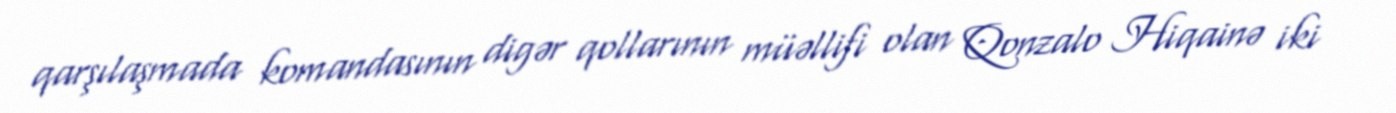
qarşılaşmada komandasının digər qollarının müəllifi olan Qonzalo Hiqainə iki